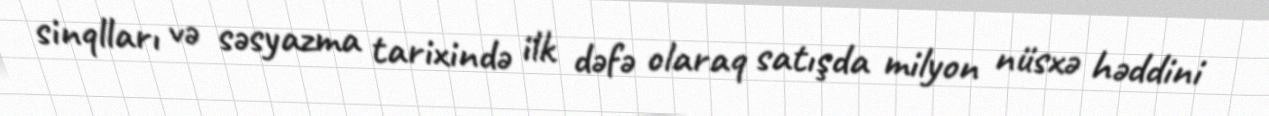
sinqlları və səsyazma tarixində ilk dəfə olaraq satışda milyon nüsxə həddini